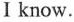
Ⅰ know.